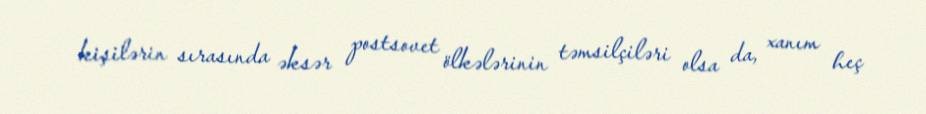
kişilərin sırasında əksər postsovet ölkələrinin təmsilçiləri olsa da, xanım heç